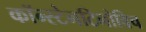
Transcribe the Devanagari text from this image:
कॉन्स्टेनटिनोविच